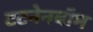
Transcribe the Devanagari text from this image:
टटनेनबॉम